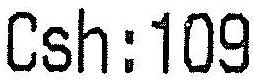
CSH:109